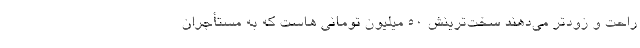
راحت و زودتر می‌دهند سخت‌ترینش ۵۰ میلیون تومانی هاست که به مستأجران